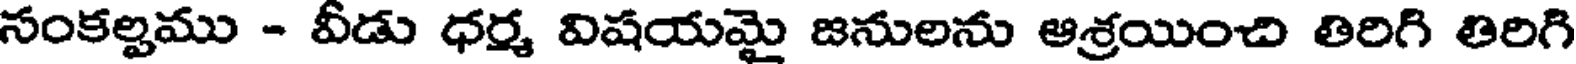
సంకల్పము - వీడు ధర్మ విషయమై జనులను ఆశ్రయించి తిరిగి తిరిగి